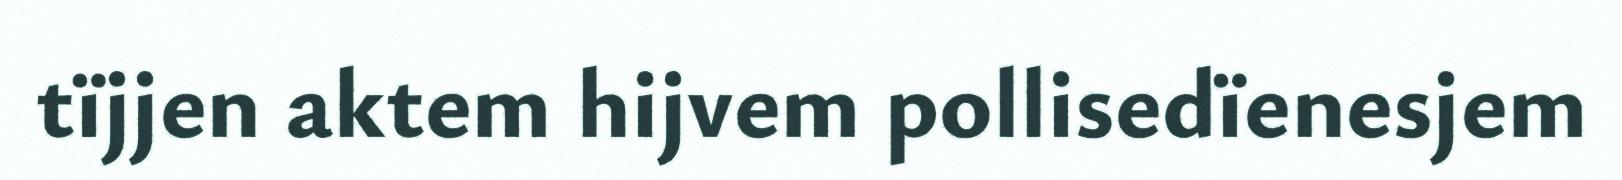
tïjjen aktem hijvem pollisedïenesjem